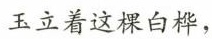
玉立着这棵白桦，